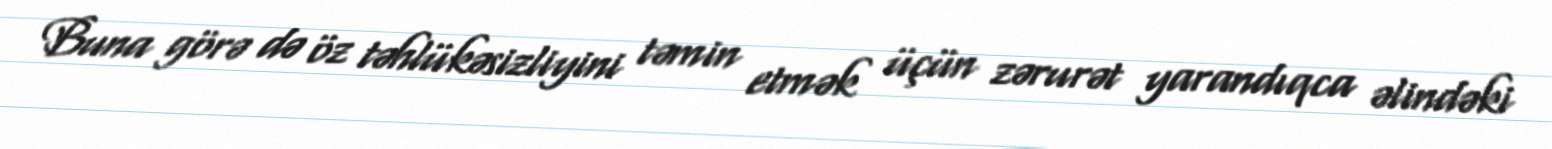
Buna görə də öz təhlükəsizliyini təmin etmək üçün zərurət yarandıqca əlindəki